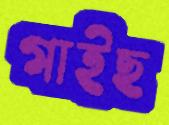
গাইছ